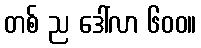
တစ် ည ဒေါ်လာ ၆၀၀။